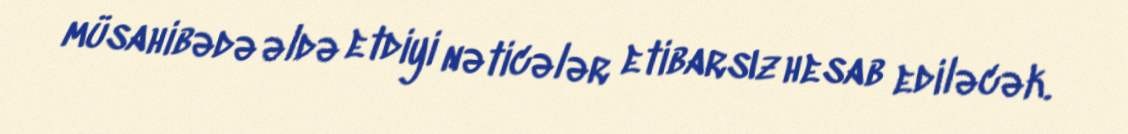
müsahibədə əldə etdiyi nəticələr etibarsız hesab ediləcək.